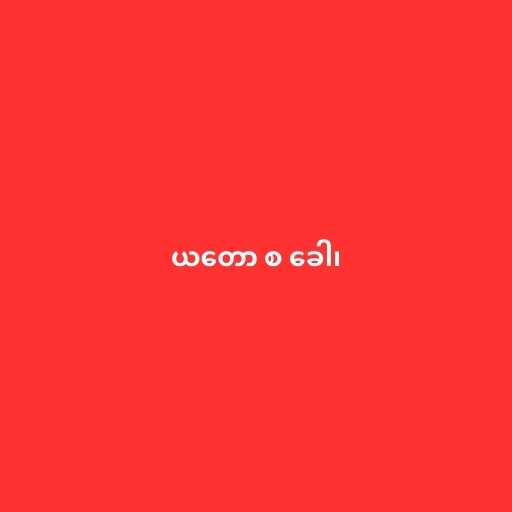
ယတော စ ခေါ၊